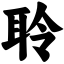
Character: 聆